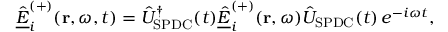
\underline { { \hat { E } } } _ { i } ^ { ( + ) } ( \mathbf { r } , \omega , t ) = \hat { U } _ { \mathrm { S P D C } } ^ { \dagger } ( t ) \underline { { \hat { E } } } _ { i } ^ { ( + ) } ( \mathbf { r } , \omega ) \hat { U } _ { \mathrm { S P D C } } ( t ) \, e ^ { - i \omega t } ,